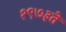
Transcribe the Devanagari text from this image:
१९७३ते